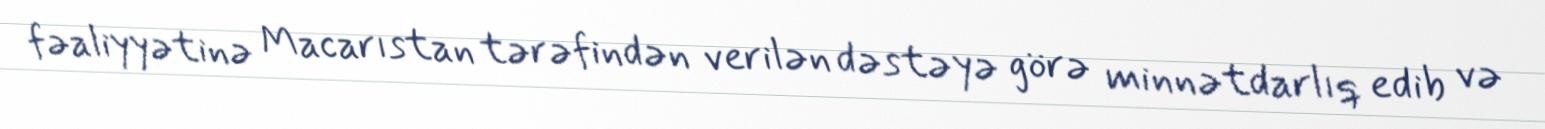
fəaliyyətinə Macarıstan tərəfindən verilən dəstəyə görə minnətdarlıq edib və